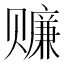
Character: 𰷬